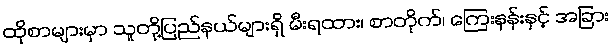
ထိုစာများမှာ သူတို့ပြည်နယ်များရှိ မီးရထား၊ စာတိုက်၊ ကြေးနန်းနှင့် အခြား